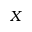
X